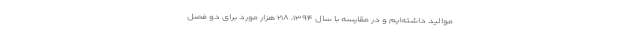
موالید داشته‌ایم و در مقایسه با سال ۱۳۹۴، ۲۱۸ هزار مورد برای دو فصل